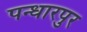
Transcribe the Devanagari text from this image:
पन्धारपुर